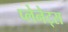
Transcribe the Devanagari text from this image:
प्लेनेट्स